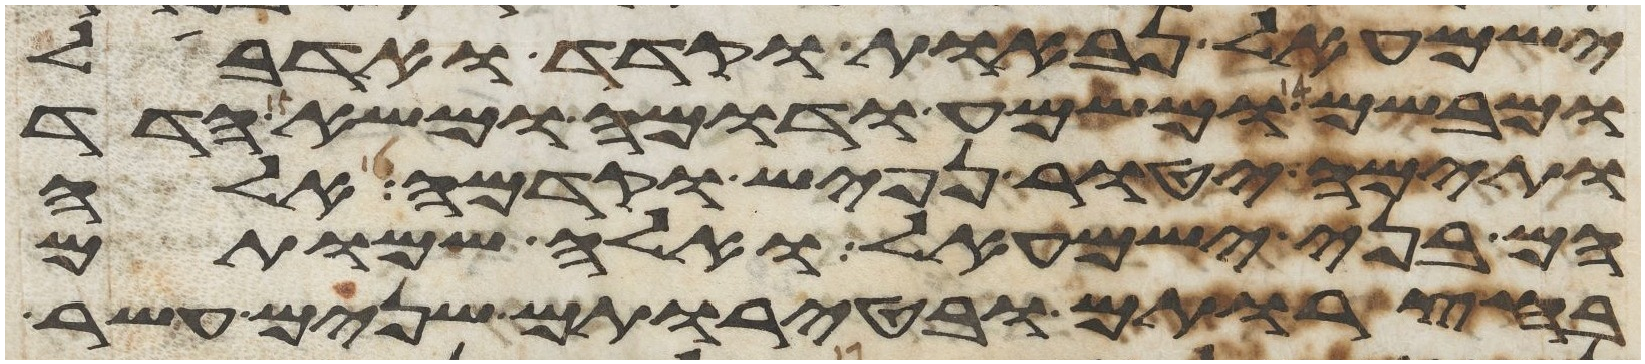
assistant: ישמעאל נבאות וקדד ואדבל
ומבשם ומשמע ודומה ומשא הדד
ותימה יטור נפיש וקדמה אלה
הם בני ישמעאל ואלה שמותם
בחצרותם ובטירתם שנים עשר